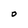
Character: O